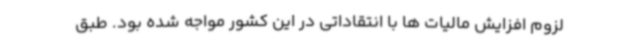
لزوم افزایش مالیات ها با انتقاداتی در این کشور مواجه شده بود. طبق